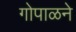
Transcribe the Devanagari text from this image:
गोपाळने